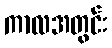
ကာလအတွင်း